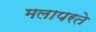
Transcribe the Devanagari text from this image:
मलापरते